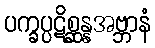
ပက္ခပ္ပဋိစ္ဆန္နအဗ္ဘာနံ